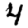
Digit: 4